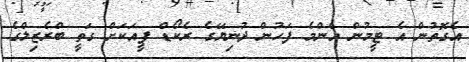
އެގޮތުން އެ ޓީމުން އެންމެ ފަހުން ދުނިޔޭގެ ރެކޯޑް ފީއަކަށް ގަތީ ބްރެޒިލްގެ